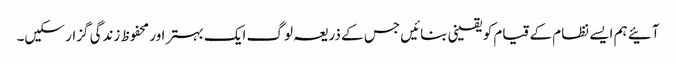
آئیے ہم ایسے نظام کے قیام کو یقینی بنائیں جس کے ذریعہ لوگ ایک بہتر اور محفوظ زندگی گزار سکیں۔